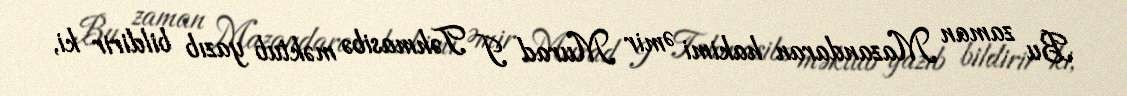
Bu zaman Mazandaran hakimi Əmir Murad I Təhmasibə məktub yazıb bildirir ki,